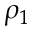
\rho _ { 1 }